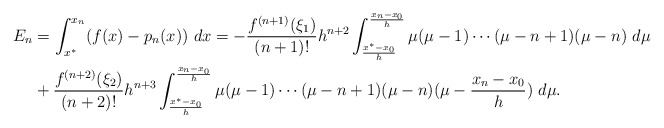
\begin{align*}\begin{aligned}E_n&=\int_{x^*}^{x_n}(f(x)-p_n(x))\ dx=-\frac{f^{(n+1)}(\xi_1)}{(n+1)!}h^{n+2}\int_{\frac{x^*-x_0}{h}}^{\frac{x_n-x_0}{h}}\mu(\mu-1)\cdots(\mu-n+1)(\mu-n)\ d\mu\\&+\frac{f^{(n+2)}(\xi_2)}{(n+2)!}h^{n+3}\int_{\frac{x^*-x_0}{h}}^{\frac{x_n-x_0}{h}} \mu(\mu-1)\cdots(\mu-n+1)(\mu-n)(\mu-\frac{x_n-x_0}{h})\ d\mu.\end{aligned}\end{align*}